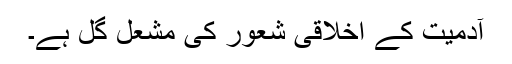
آدمیت کے اخلاقی شعور کی مشعل گل ہے۔